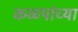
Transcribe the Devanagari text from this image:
कळपांच्या